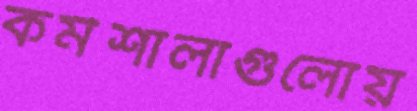
কর্মশালাগুলোয়